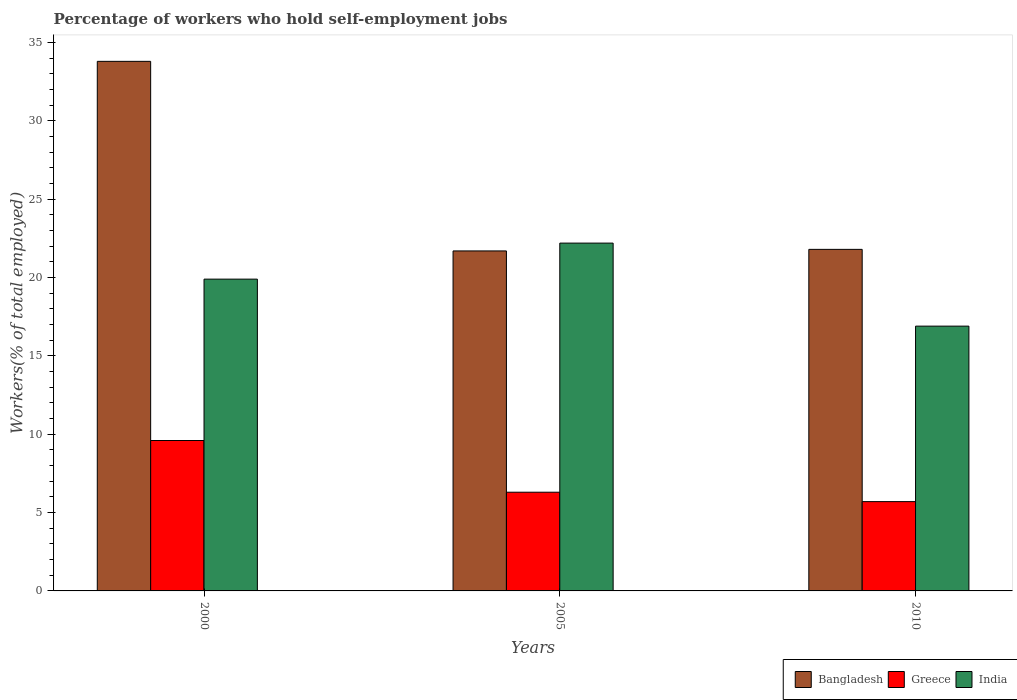
| Years | Bangladesh | Greece | India |
 | --- | --- | --- | --- |
 | 2000 | 33.8 | 9.6 | 19.9 |
 | 2005 | 21.7 | 6.3 | 22.2 |
 | 2010 | 21.8 | 5.7 | 16.9 |